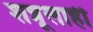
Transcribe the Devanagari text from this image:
शत्रूलाही